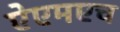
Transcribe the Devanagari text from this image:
ऐएमएच